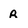
Character: R